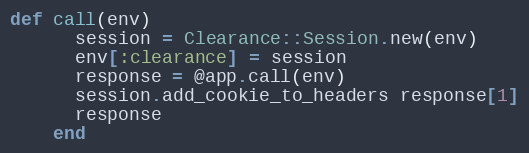
Language: Ruby
def call(env)
      session = Clearance::Session.new(env)
      env[:clearance] = session
      response = @app.call(env)
      session.add_cookie_to_headers response[1]
      response
    end